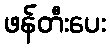
ဖန်တီးပေး